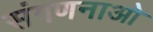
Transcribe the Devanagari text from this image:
संगणनाओ